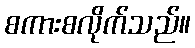
စကားစလိုက်သည်။